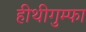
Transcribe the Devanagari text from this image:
हीथीगुम्फा